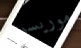
موريسون